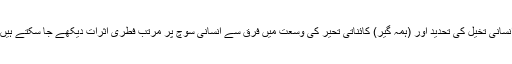
انسانی تخیل کی تحدید اور (ہمہ گیر) کائناتی تحیر کی وسعت میں فرق سے انسانی سوچ پر مرتب فطری اثرات دیکھے جا سکتے ہیں۔